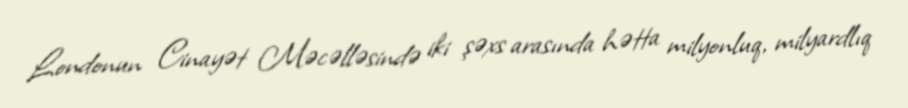
Londonun Cinayət Məcəlləsində iki şəxs arasında hətta milyonluq, milyardlıq